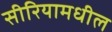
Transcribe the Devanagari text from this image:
सीरियामधील